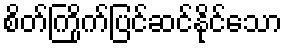
စိတ်ကြိုက်ပြင်ဆင်နိုင်သော